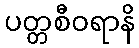
ပတ္တစီဝရာနိ